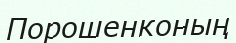
Порошенконың